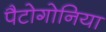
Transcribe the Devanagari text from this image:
पैटोगोनिया